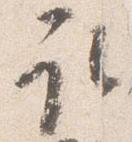
取